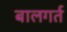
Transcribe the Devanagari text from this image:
बालगर्त